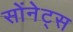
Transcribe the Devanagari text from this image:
सोंनेट्स